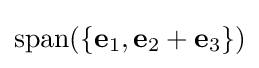
\operatorname {span} (\{\mathbf {e} _{1},\mathbf {e} _{2}+\mathbf {e} _{3}\})